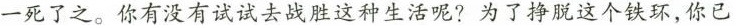
一死了之。你有没有试试去战胜这种生活呢?为了挣脱这个铁环，你已